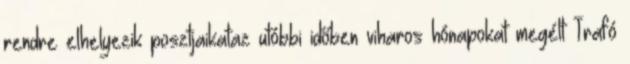
rendre elhelyezik posztjaikataz utóbbi időben viharos hónapokat megélt Trafó